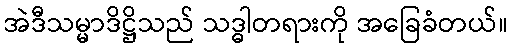
အဲဒီသမ္မာဒိဋ္ဌိသည် သဒ္ဓါတရားကို အခြေခံတယ်။